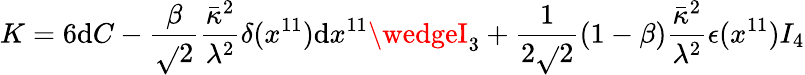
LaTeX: K=6\mathrm{d}C-\frac{{\beta}}{{\sqrt{}{{2}}}}\frac{{\bar{{\kappa}}^{2}}}{{\lambda^{2}}}\delta(x^{11})\mathrm{d}x^{11}\wedgeI_{3}+\frac{{1}}{{2\sqrt{}{{2}}}}(1-\beta)\frac{{\bar{{\kappa}}^{2}}}{{\lambda^{2}}}\epsilon(x^{11})I_{4}